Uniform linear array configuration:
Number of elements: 4
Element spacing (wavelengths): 0.5
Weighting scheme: hamming
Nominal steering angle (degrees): -45
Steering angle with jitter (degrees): -45.789
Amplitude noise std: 0.05
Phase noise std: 0.05

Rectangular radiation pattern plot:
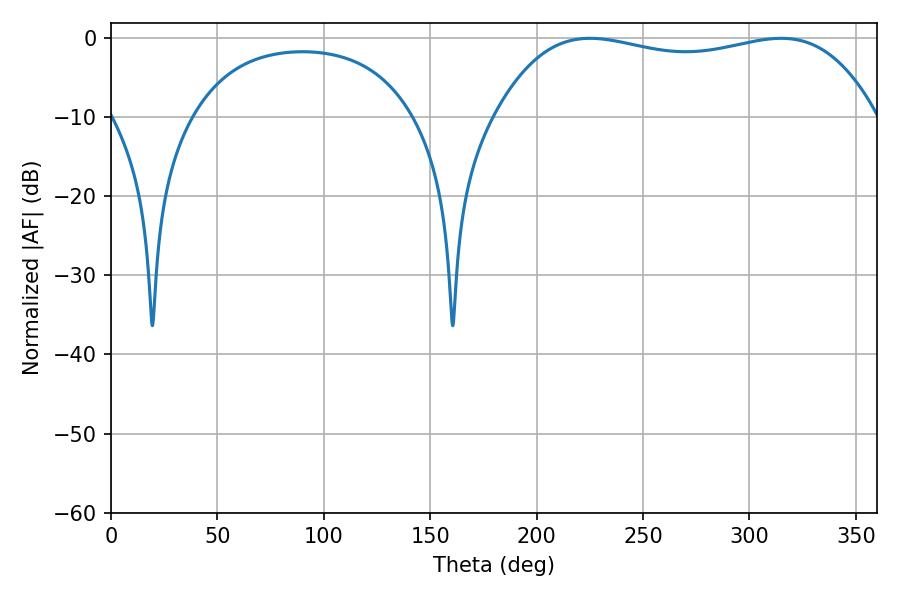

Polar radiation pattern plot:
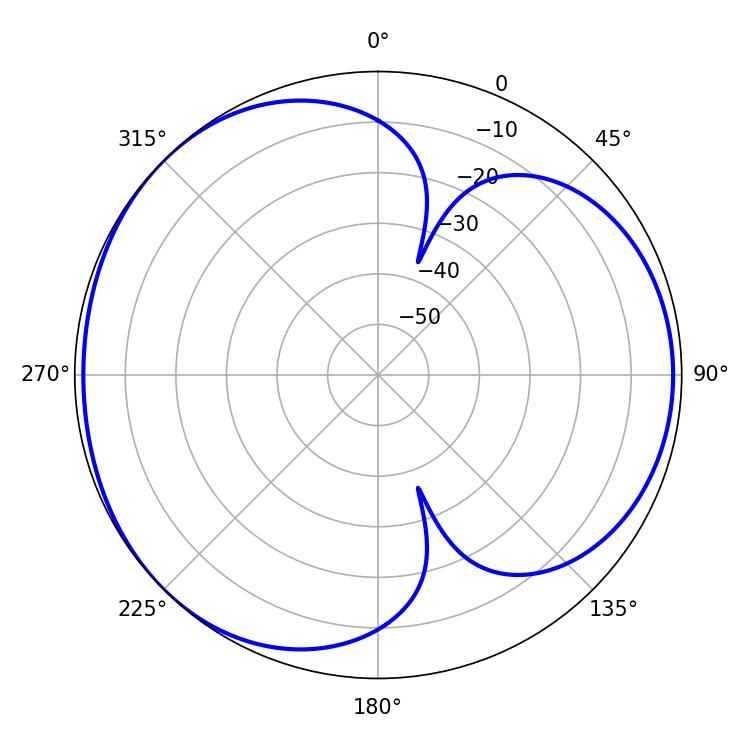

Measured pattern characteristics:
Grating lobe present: FALSE
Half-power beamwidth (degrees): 143.64
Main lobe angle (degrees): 225